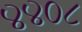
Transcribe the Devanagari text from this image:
४४०८